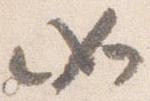
如